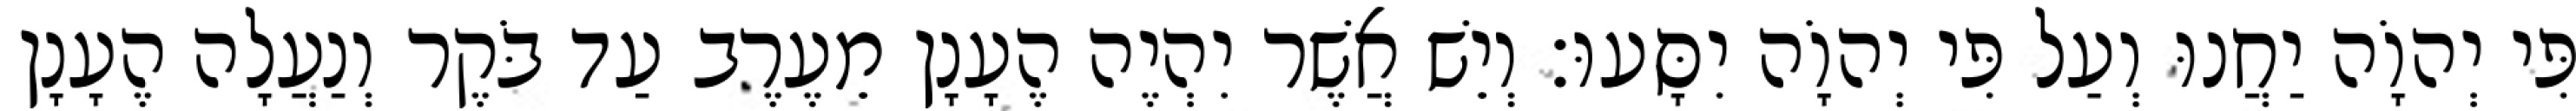
פִּי יְהוָֹה יַחֲנוּ וְעַל פִּי יְהוָֹה יִסָּעוּ׃ וְיֵשׁ אֲשֶׁר יִהְיֶה הֶעָנָן מֵעֶרֶב עַד בֹּקֶר וְנַעֲלָה הֶעָנָן